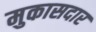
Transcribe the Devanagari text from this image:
मुकासदार